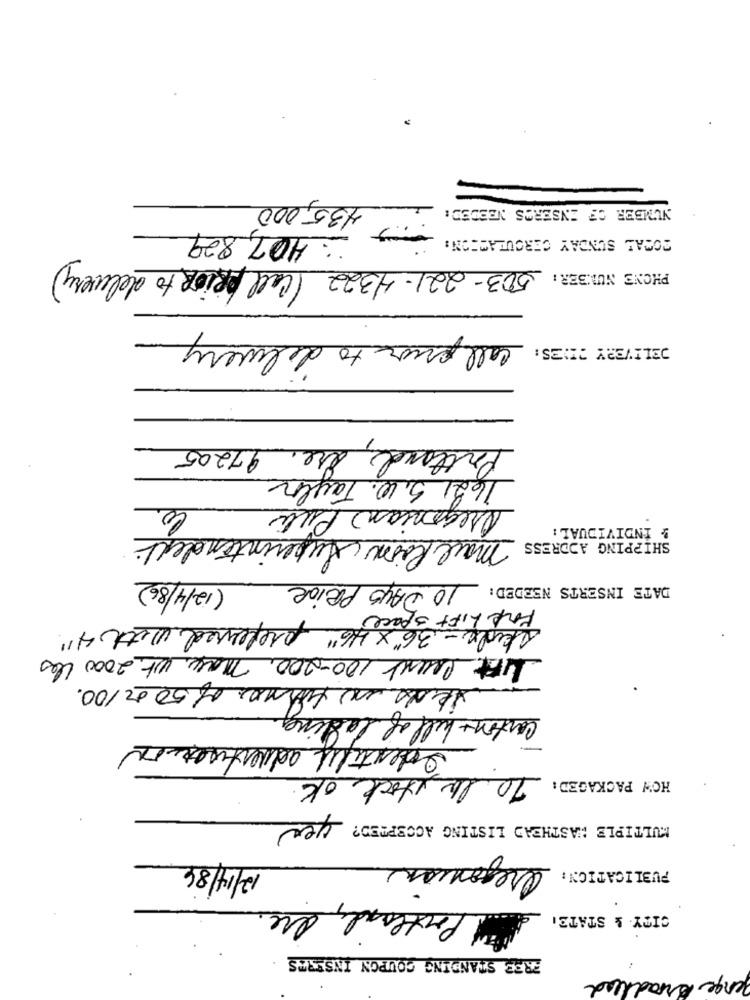
435,000
NUMBER OF INSERTS NEEDED:
, 407,829
BOCAL SUNDAY CERCULATION:
PHONE NUMBER: 503-221-4322 (Call PRIOR to delivery)
call prior to delivery
DELIVERY SE
Portland, die. 97205
1621 5.10. Taylor
Oregonian Pilli
! INDIVIDUAL :
mail Room Superintendent
SHIPPING ADDRESS
(12/4/86)
DATE INSERTS NEEDED: 10 DAYS PRIOR
Fork Lift space
skide -36"x 46" preferred with 4"
Lift count 100-200, may, wt. 2000 lbs
theas in turnes of 50 or 100.
carton bill of lading.
Identify advertication
70 la stock ok.
HOW PACKAGED:
MULTIPLE WASTHEAD LISTING ACCEPTED? yes
Oregonian
12/14/86
PUBLICATION:
Portland, die.
CITY. & STATE.
ER33 STANDING COUPON INSERTS
lenge Broadhead